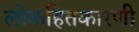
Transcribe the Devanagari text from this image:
लोकहितकारणी